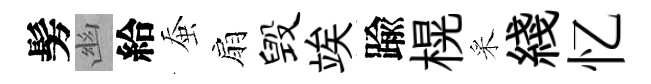
髣幽給蚕扇毁竢踰榥采綫忆